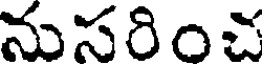
నుసరించ